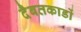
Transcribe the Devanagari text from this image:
दैबतकाडों